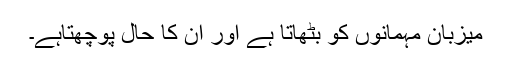
میزبان مہمانوں کو بٹھاتا ہے اور ان کا حال پوچھتاہے۔